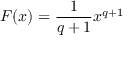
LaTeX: F ( x ) = { \frac { 1 } { q + 1 } } x ^ { q + 1 }